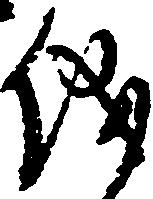
儀